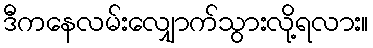
ဒီကနေလမ်းလျှောက်သွားလို့ရလား။